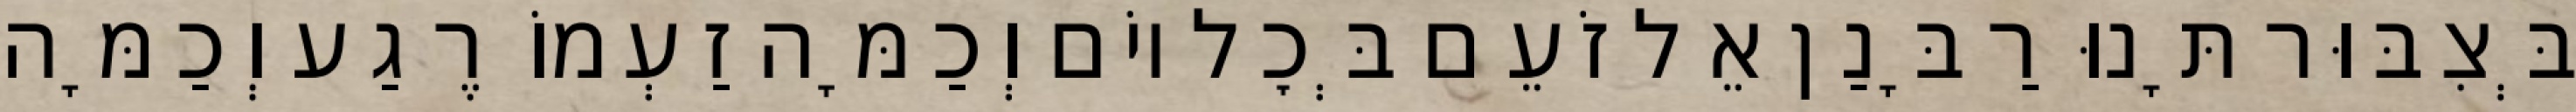
בְּצִבּוּר תָּנוּ רַבָּנַן אֵל זֹעֵם בְּכׇל יוֹם וְכַמָּה זַעְמוֹ רֶגַע וְכַמָּה